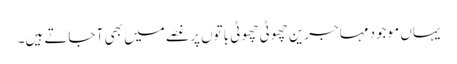
یہاں موجود مہاجرین چھوٹی چھوٹی باتوں پر غصے میں بھی آ جاتے ہیں۔